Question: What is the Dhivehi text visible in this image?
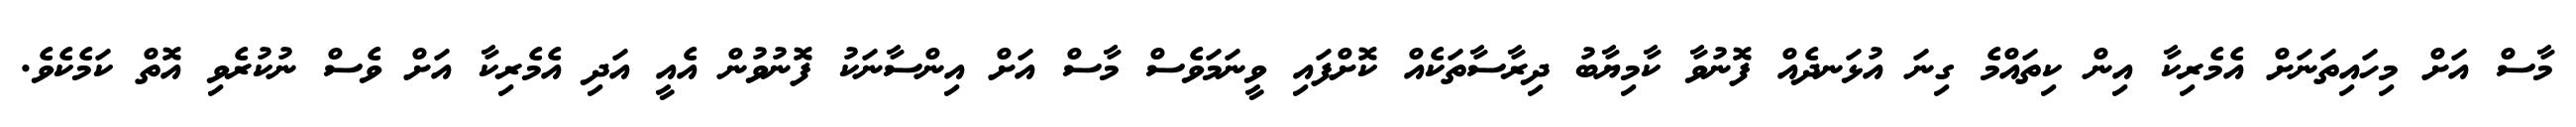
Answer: މާސް އަށް މިހައިތަނަށް އެމެރިކާ އިން ކިތައްމެ ގިނަ އުޅަނދެއް ފޮނުވާ ކާމިޔާބު ދިރާސާތަކެއް ކޮށްފައި ވީނަމަވެސް މާސް އަށް އިންސާނަކު ފޮނުވުން އެއީ އަދި އެމެރިކާ އަށް ވެސް ނުކުރެވި އޮތް ކަމެކެވެ.